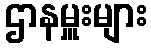
ဌာနမှူးများ